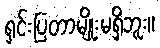
ရှင်းပြတာမျိုးမရှိဘူး။